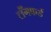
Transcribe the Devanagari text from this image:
लँगफर्ड